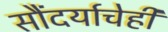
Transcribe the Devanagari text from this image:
सौंदर्याचेही